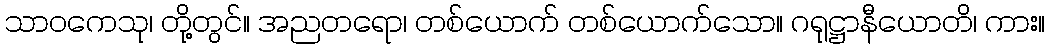
သာဝကေသု၊ တို့တွင်။ အညတရော၊ တစ်ယောက် တစ်ယောက်သော။ ဂရုဋ္ဌာနီယောတိ၊ ကား။